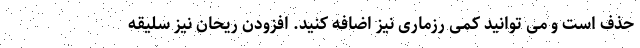
حذف است و می توانید کمی رزماری نیز اضافه کنید. افزودن ریحان نیز سلیقه